Eesti_Vabariigi_Tartu_Ulikool, lk 80
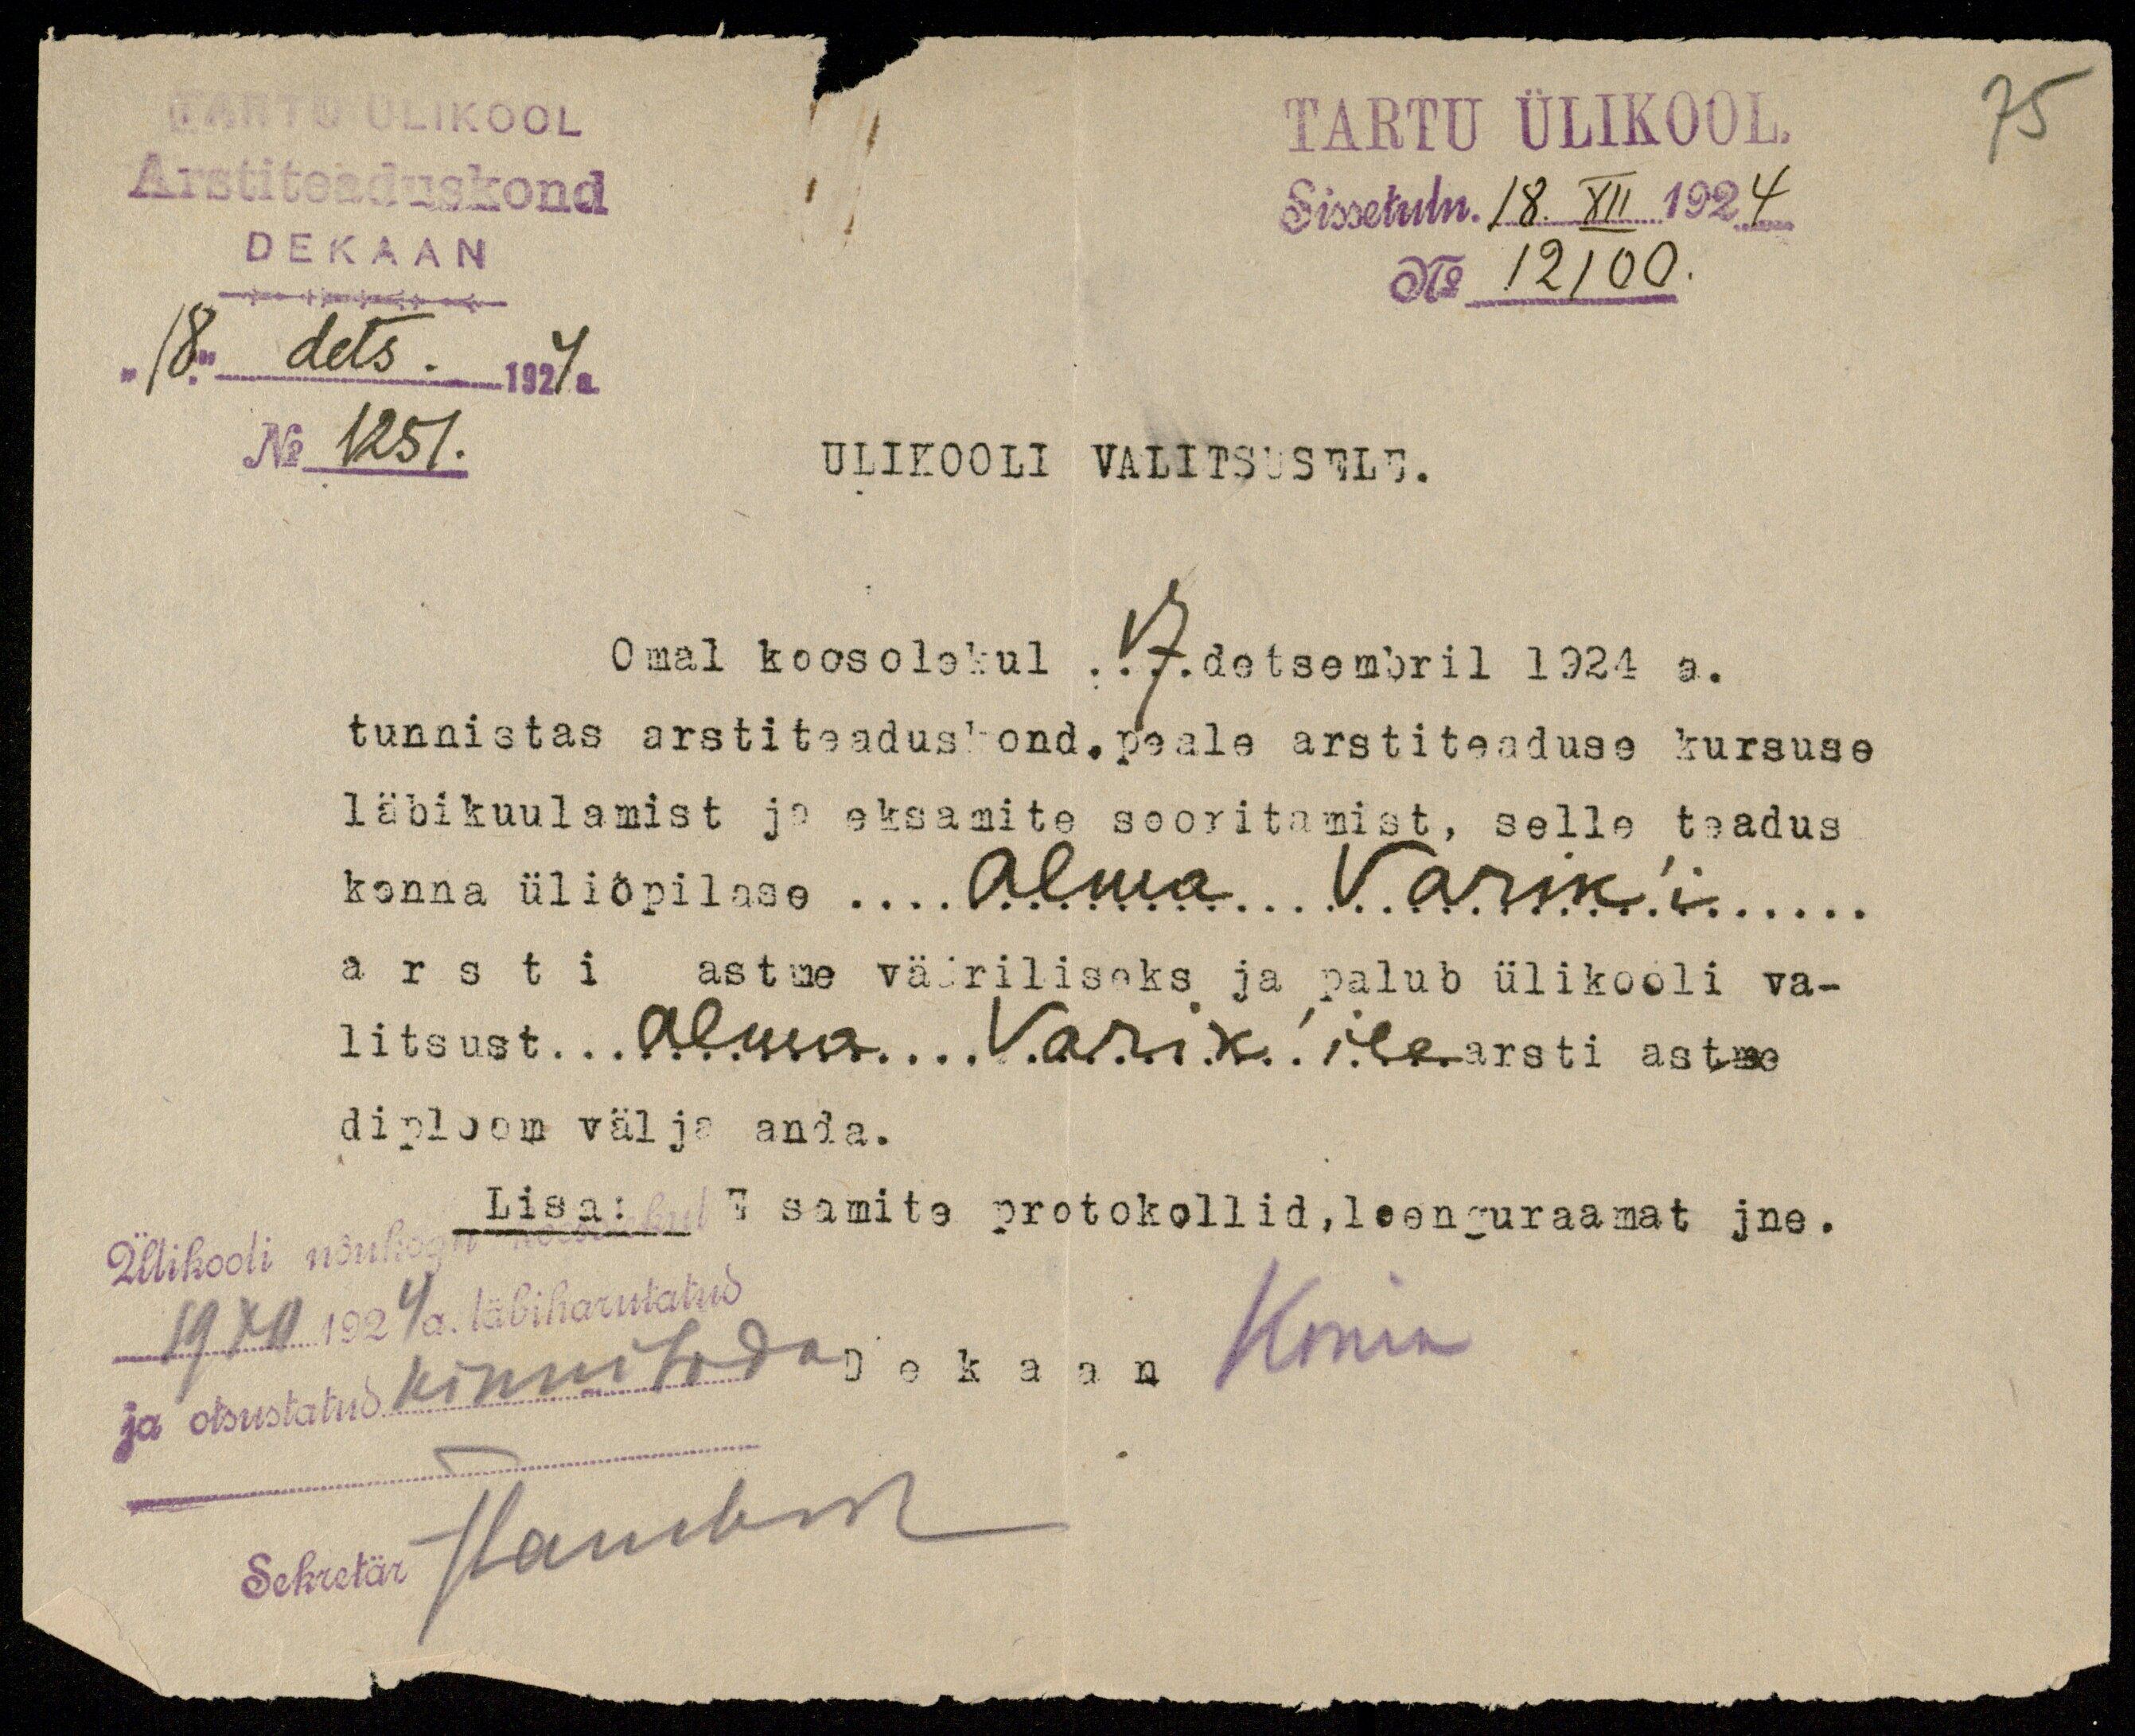
75
TARTU ÜLIKOOL
Arstiteaduskond
DEKAAN
"18." dets. 1927a
No 1251.
TARTU ÜLIKOOL.
Sissetuln. 18. XII 1924
No 12100.
ULIKOOLI VALITSUSELE.
Omal koosolekul 17 detsembril 1924 a.
tunnistas arstiteaduskond, peale arviteaduse kursuse
läbikuulamist ja eksamite sooritamist, selle teadus
konna üliõpilase... Alma Varik'i...
arsti astme vääriliseks ja palub ülikooli va-
litsust Alma Varik'ile arsti astme
diploom välja anda.
Ülikooli nõukogu ...
Lisa: Eksamite protokollid, loenguraamat jne.
19 XII.1924 a. läbiharutatud
ja otsustatud kinnitada.
Dekaan Kmin
Seketär Haumbri